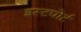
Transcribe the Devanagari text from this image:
इस्टपोर्ट